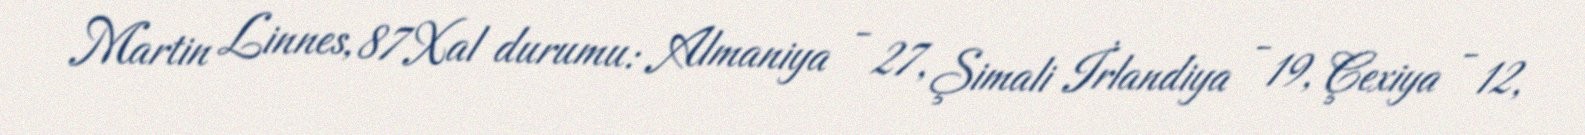
Martin Linnes, 87Xal durumu: Almaniya - 27, Şimali İrlandiya - 19, Çexiya - 12,